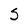
Character: S